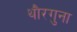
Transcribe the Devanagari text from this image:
थौरगुना